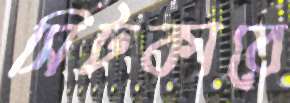
সিটকাবে